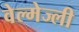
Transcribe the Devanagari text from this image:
वेल्मेज्ली